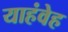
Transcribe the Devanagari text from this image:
याहंवेह